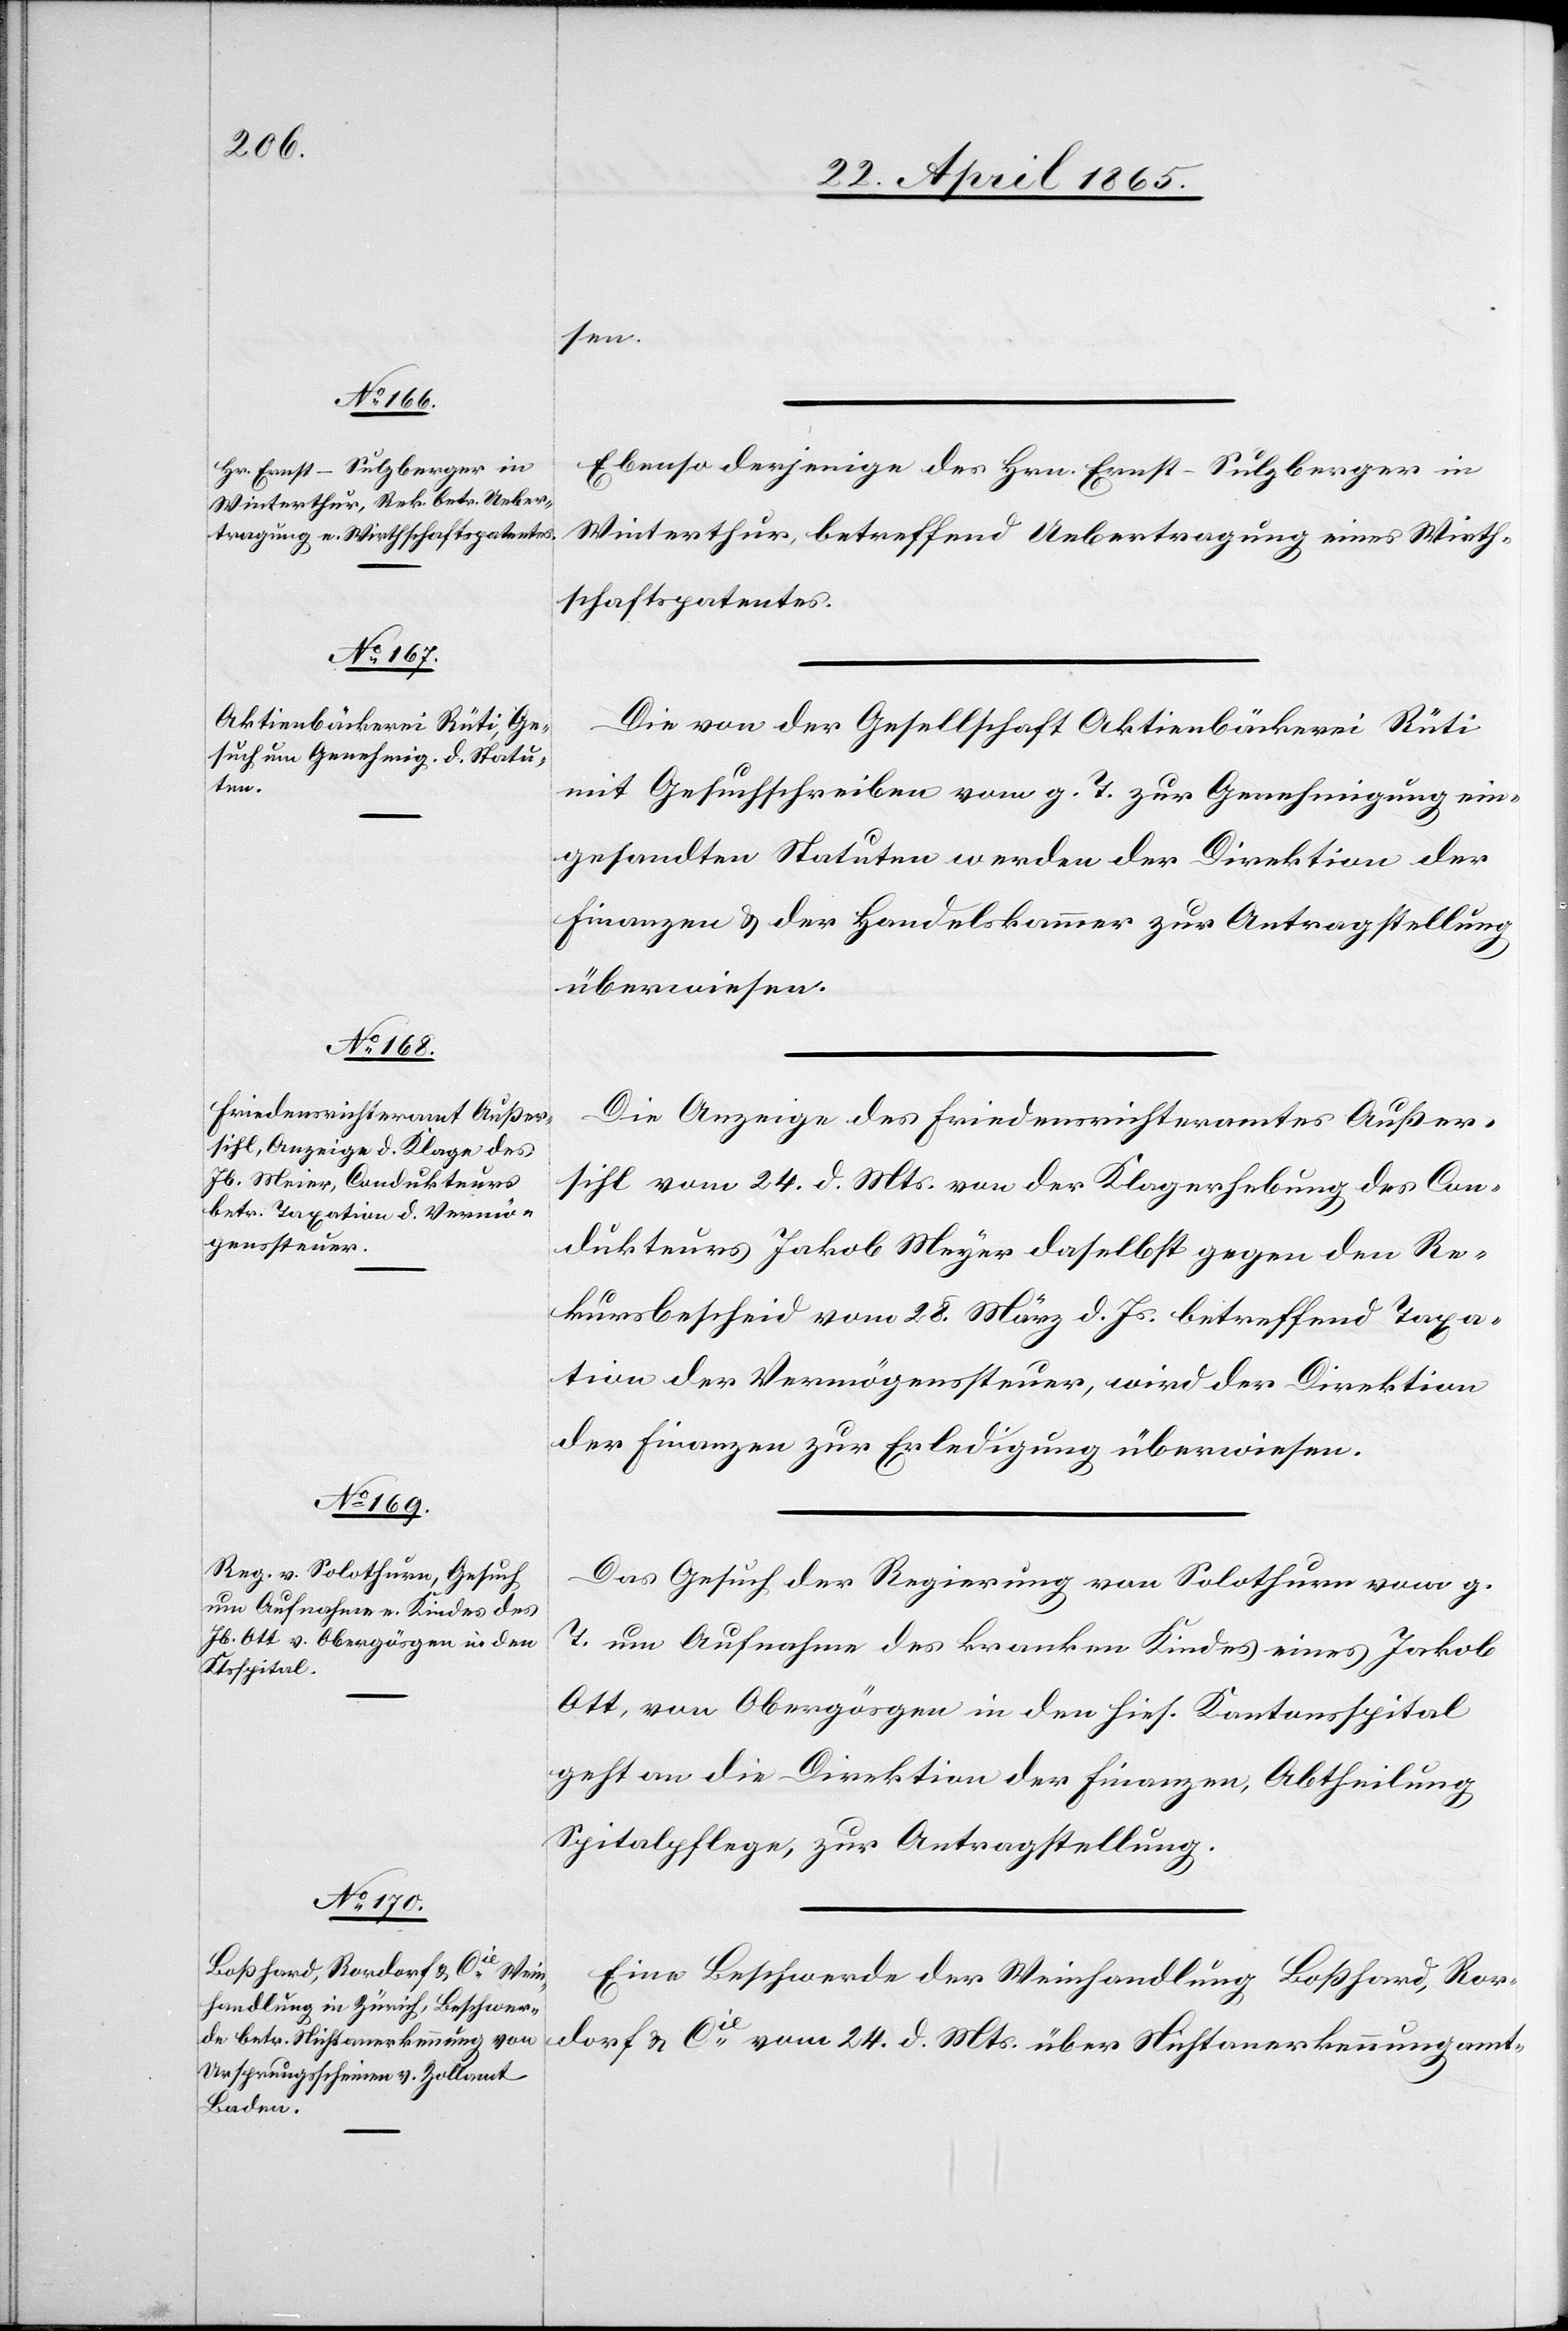
26. April 1865.]
sen.
Ebenso derjenige des Hrn. Ernst-Sulzberger in
Winterthur, betreffend Uebertragung eines Wirth¬
schaftspatentes.
Die von der Gesellschaft Aktienbäckerei Rüti
mit Gesuchschreiben vom g. T. zur Genehmigung ein¬
gesandten Statuten werden der Direktion der
Finanzen & der Handelskammer zur Antragstellung
überwiesen.
Die Anzeige des Friedensrichteramtes Außer¬
sihl vom 24. d. Mts. von der Klagerhebung des Con¬
dukteurs Jakob Meyer daselbst gegen den Re¬
kursbescheid vom 28. März d. Js. betreffend Taxa¬
tion der Vermögenssteuer, wird der Direktion
der Finanzen zur Erledigung überwiesen.
Das Gesuch der Regierung von Solothurn vom g.
T. um Aufnahme des kranken Kindes eines Jakob
Ott, von Obergösgen in den hies. Kantonsspital
geht an die Direktion der Finanzen, Abtheilung
Spitalpflege, zur Antragstellung.
Eine Beschwerde der Weinhandlung Boßhard, Ror¬
dorf & Cie vom 24. d. Mts. über Nichtanerkennung amt-